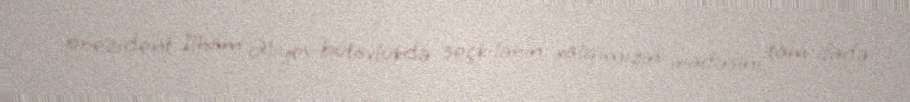
prezident İlham Əliyev bütövlükdə seçkilərin xalqımızın iradəsini tam ifadə